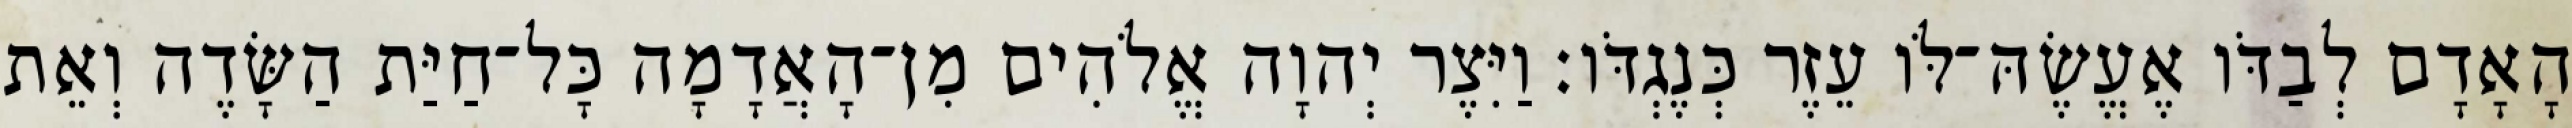
הָאָדָם לְבַדֹּו אֶעֱשֶׂהּ־לֹּו עֵזֶר כְּנֶגְדֹּו׃ וַיִּצֶר יְהוָה אֱלֹהִים מִן־הָאֲדָמָה כָּל־חַיַּת הַשָּׂדֶה וְאֵת